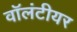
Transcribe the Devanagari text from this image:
वॉलंटीयर